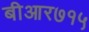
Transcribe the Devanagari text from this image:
बीआर७१५